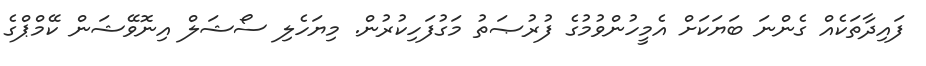
ފައިދާތަކެއް ގެންނަ ބަޔަކަށް އެމީހުންވުމުގެ ފުރުޞަތު މަގުފަހިކުރުން. މިޔަހެލި ސޯޝަލް އިނޮވޭޝަން ކޭމްޕްގެ